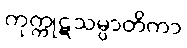
ကုက္ကုဋသမ္ပာတိကာ